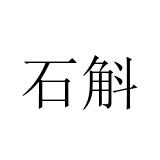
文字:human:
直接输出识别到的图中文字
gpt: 石斛